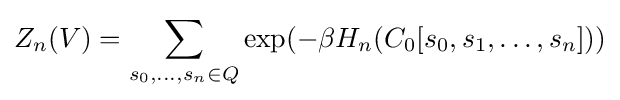
Z_{n}(V)=\sum _{s_{0},\ldots ,s_{n}\in Q}\exp(-\beta H_{n}(C_{0}[s_{0},s_{1},\ldots ,s_{n}]))